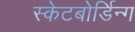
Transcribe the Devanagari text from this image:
स्केटबोर्डिन्ग